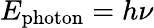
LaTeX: E_{\mathrm{photon}}=h\nu